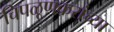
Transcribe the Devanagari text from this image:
चिपळूणकरांच्या